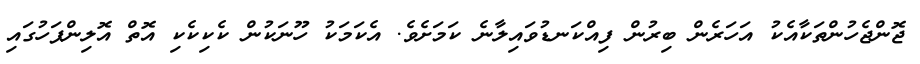
ޖޮންޖެހުންތަކާއެކު އަހަރެން ބިރުން ފިއްކަނޑުވައިލާނެ ކަމަށެވެ. އެކަމަކު ހޫނަކުން ކެކިކެކި އޮތް އޮލިންޕަހުގައި